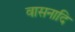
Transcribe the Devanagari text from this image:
वासनादि